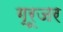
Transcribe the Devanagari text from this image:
ग्रूजर